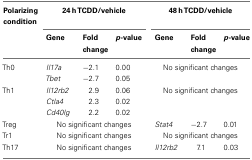
<table><thead><tr><td><b>Polarizing condition</b></td><td colspan="3"><b>24 h TCDD/vehicle</b></td><td colspan="3"><b>48 h TCDD/vehicle</b></td></tr><tr><td></td><td><b>Gene</b></td><td><b>Fold change</b></td><td><b><i>p</i>-value</b></td><td><b>Gene</b></td><td><b>Fold change</b></td><td><b><i>p</i>-value</b></td></tr></thead><tbody><tr><td>Th0</td><td><i>Il17a</i></td><td>−2.1</td><td>0.00</td><td colspan="3">No significant changes</td></tr><tr><td></td><td><i>Tbet</i></td><td>−2.7</td><td>0.05</td><td colspan="3"></td></tr><tr><td>Th1</td><td><i>Il12rb2</i></td><td>2.9</td><td>0.06</td><td colspan="3">No significant changes</td></tr><tr><td></td><td><i>Ctla4</i></td><td>2.3</td><td>0.02</td><td colspan="3"></td></tr><tr><td></td><td><i>Cd40lg</i></td><td>2.2</td><td>0.02</td><td colspan="3"></td></tr><tr><td>Treg</td><td colspan="3">No significant changes</td><td><i>Stat4</i></td><td>−2.7</td><td>0.01</td></tr><tr><td>Tr1</td><td colspan="3">No significant changes</td><td colspan="3">No significant changes</td></tr><tr><td>Th17</td><td colspan="3">No significant changes</td><td><i>Il12rb2</i></td><td>7.1</td><td>0.03</td></tr></tbody></table>